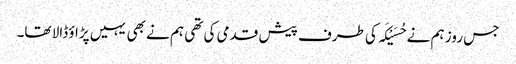
جس روز ہم نے حُسَیْکَہ کی طرف پیش قدمی کی تھی ہم نے بھی یہیں پڑاؤ ڈالا تھا۔